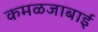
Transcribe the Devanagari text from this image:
कमळजाबाई